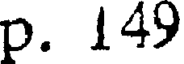
p. 149